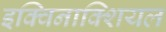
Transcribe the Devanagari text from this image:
इक्विनाक्शियल